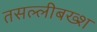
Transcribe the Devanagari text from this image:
तसल्लीबख्श